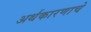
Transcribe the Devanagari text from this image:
अर्थकारणाचे